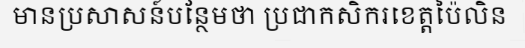
មានប្រសាសន៍បន្ថែមថា ប្រជាកសិករខេត្តប៉ៃលិន